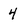
Character: 4